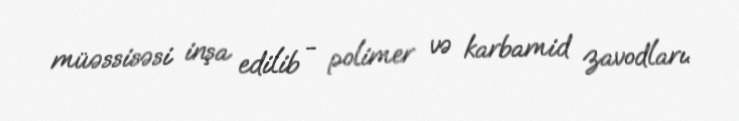
müəssisəsi inşa edilib - polimer və karbamid zavodları.